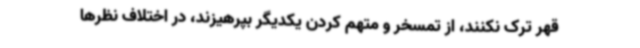
قهر ترک نکنند، از تمسخر و متهم کردن یکدیگر بپرهیزند، در اختلاف نظرها